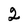
Character: 2